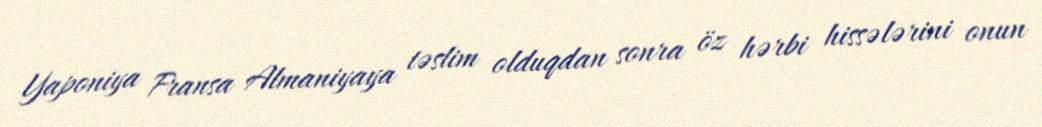
Yaponiya Fransa Almaniyaya təslim olduqdan sonra öz hərbi hissələrini onun